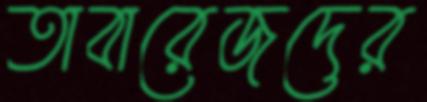
তাবারেজদের